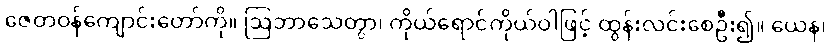
ဇေတဝန်ကျောင်းတော်ကို။ ဩဘာသေတွာ၊ ကိုယ်ရောင်ကိုယ်ဝါဖြင့် ထွန်းလင်းစေဦး၍။ ယေန၊